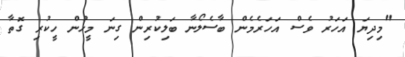
"މިދިޔަ އަހަރު ވެސް އަހަރެމެން ބާސެލޯނާ ބަލިކުރިން ގިނަ މީހުން ހީކުރި ގޮތާ